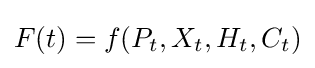
\displaystyle F(t)=f(P_{t},X_{t},H_{t},C_{t})